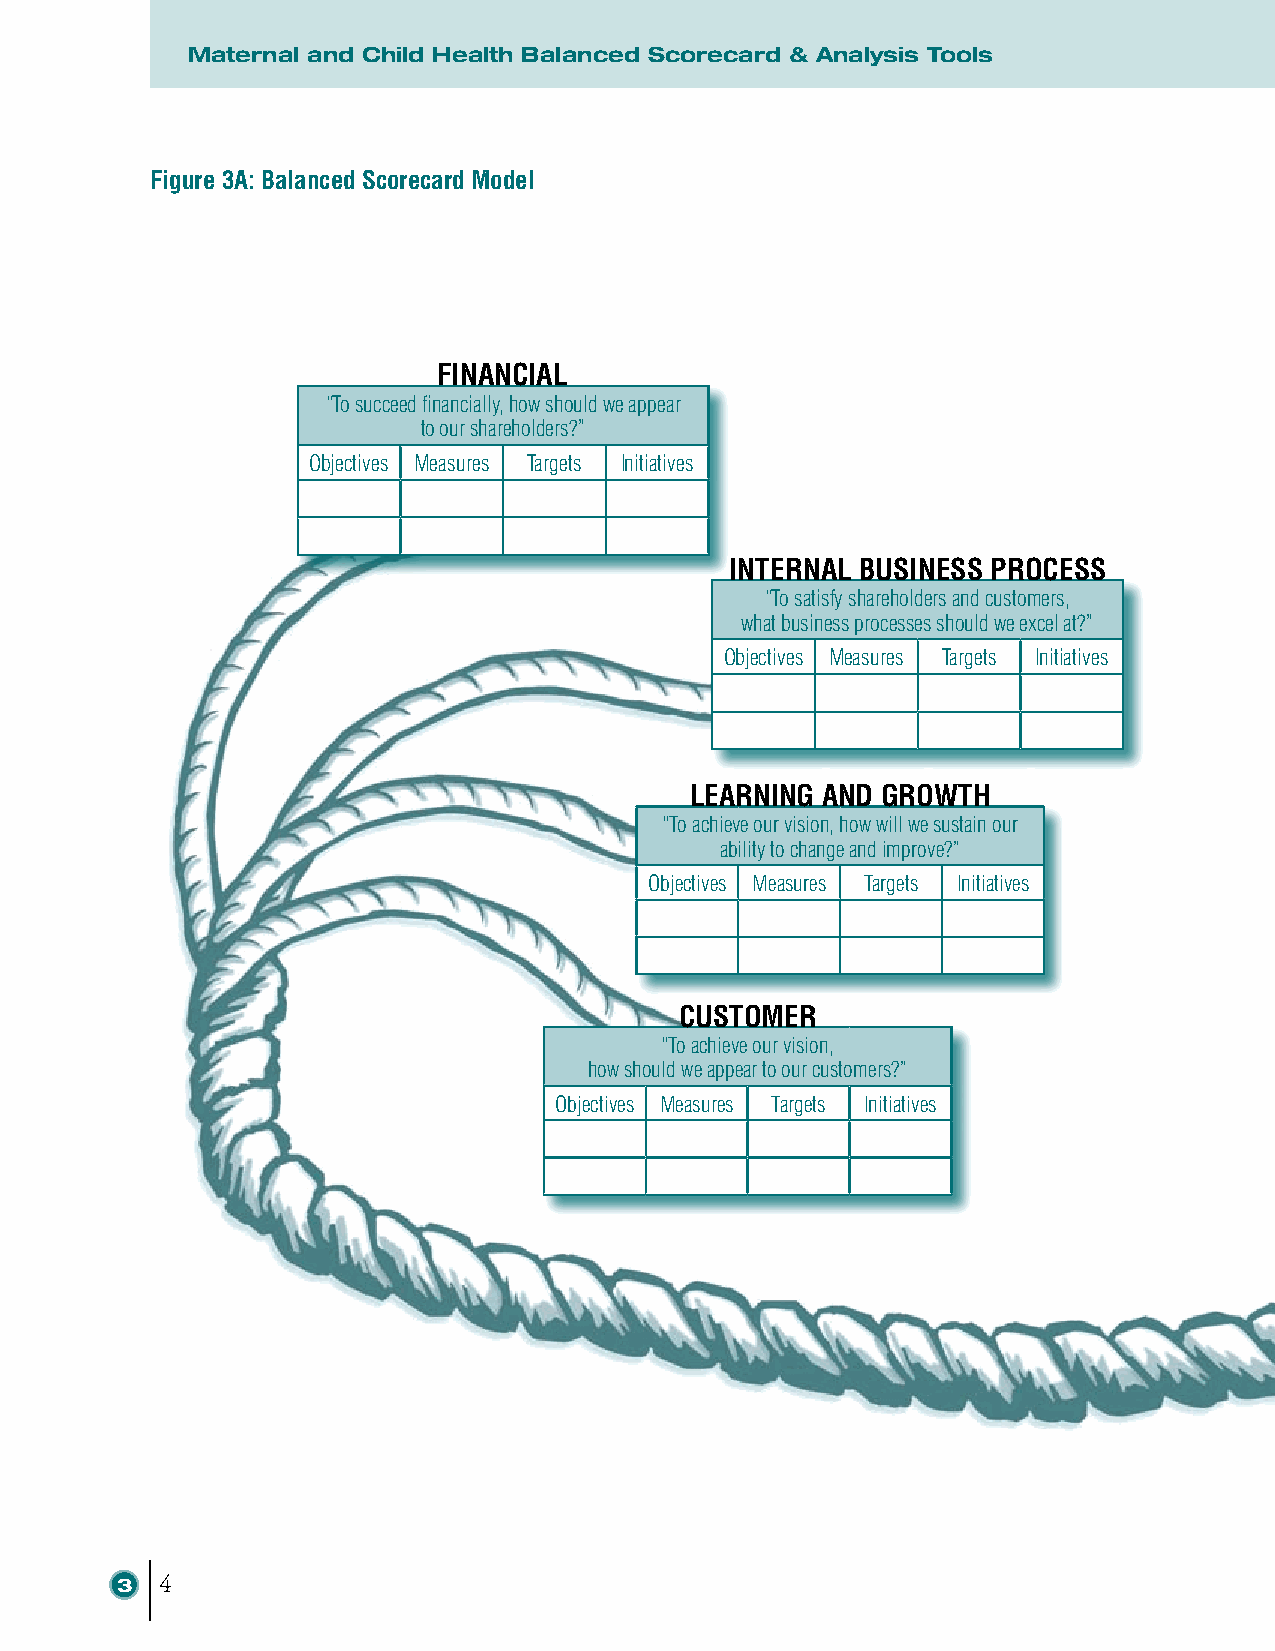
Maternal and Child Health Balanced Scorecard & Analysis Tools
 Figure 3A: Balanced Scorecard Model
 FINANCIAL
 “To succeed financially, how should we appear
 to our shareholders?”
 Objectives Measures Targets Initiatives
 INTERNAL BUSINESS PROCESS
 “To satisfy shareholders and customers,
 what business processes should we excel at?”
 Objectives Measures Targets Initiatives
 LEARNING AND GROWTH
 “To achieve our vision, how will we sustain our
 ability to change and improve?”
 Objectives Measures Targets Initiatives
 CUSTOMER
 “To achieve our vision,
 how should we appear to our customers?”
 Objectives Measures Targets Initiatives
 3  4